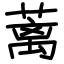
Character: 蓠